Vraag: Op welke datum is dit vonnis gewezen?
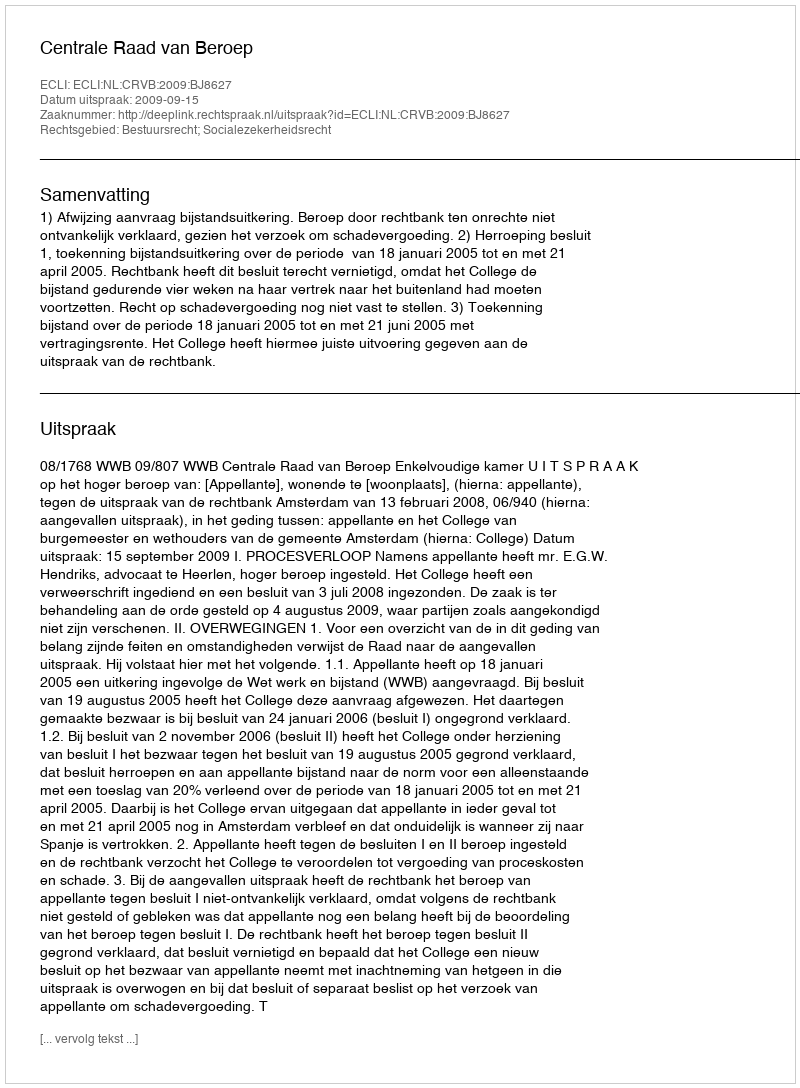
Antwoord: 2009-09-15